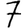
Digit: 7